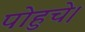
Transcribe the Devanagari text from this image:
पोहुचे।